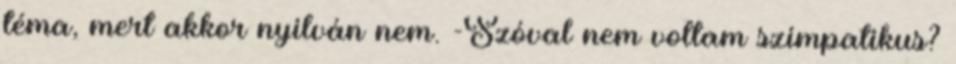
téma, mert akkor nyilván nem. -Szóval nem voltam szimpatikus?